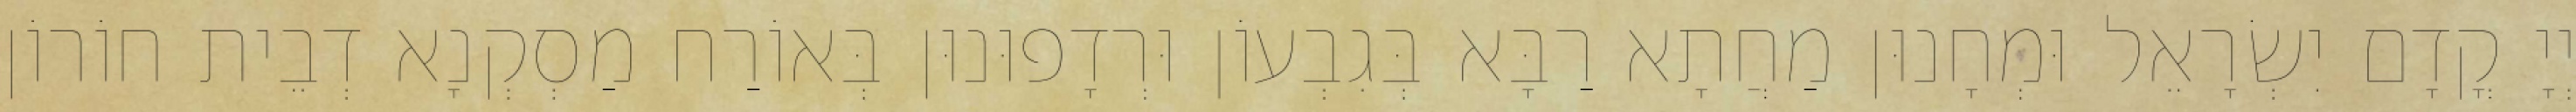
יְיָ קֳדָם יִשְׂרָאֵל וּמְחָנוּן מַחֲתָא רַבָּא בְּגִבְעוֹן וּרְדָפוּנוּן בְּאוֹרַח מַסְקְנָא דְבֵית חוֹרוֹן